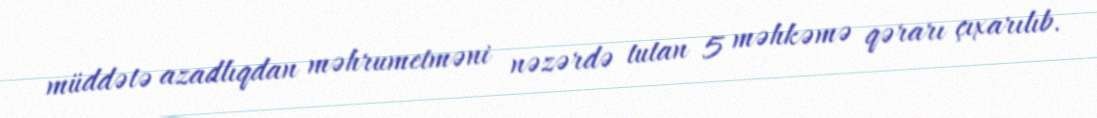
müddətə azadlıqdan məhrumetməni nəzərdə tutan 5 məhkəmə qərarı çıxarılıb.